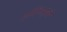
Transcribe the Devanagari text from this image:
हस्तिनापूरची